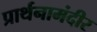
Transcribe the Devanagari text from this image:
प्रार्थनामंदीर